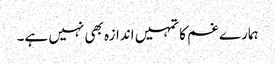
ہمارے غم کا تمہیں اندازہ بھی نہیں ہے۔